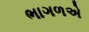
ભાગળએ